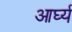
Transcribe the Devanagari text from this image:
आर्घ्य